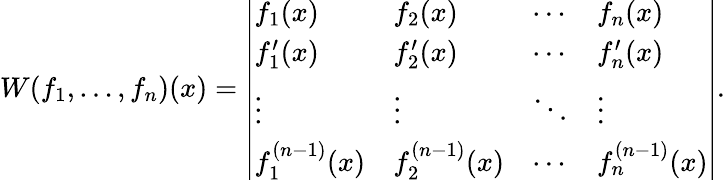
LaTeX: W(f_{1},\ldots,f_{n})(x)={\left|\begin{array}{llll}{f_{1}(x)}&{f_{2}(x)}&{\cdots}&{f_{n}(x)}\\ {f_{1}^{\prime}(x)}&{f_{2}^{\prime}(x)}&{\cdots}&{f_{n}^{\prime}(x)}\\ {\vdots}&{\vdots}&{\ddots}&{\vdots}\\ {f_{1}^{(n-1)}(x)}&{f_{2}^{(n-1)}(x)}&{\cdots}&{f_{n}^{(n-1)}(x)}\end{array}\right|}.